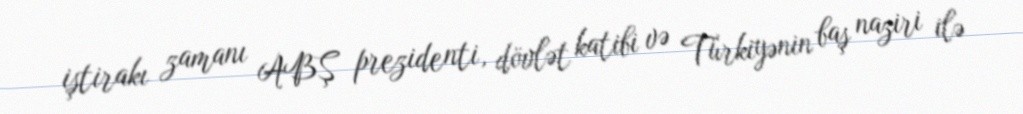
iştirakı zamanı ABŞ prezidenti, dövlət katibi və Türkiyənin baş naziri ilə